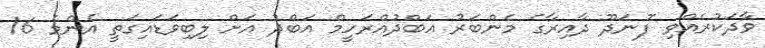
ވާދަކުރެއްވި ފޮނަދޫ ދާއިރާގެ މެންބަރު އަބްދުއްރަހީމް އަބްދު އަށް ލިބިވަޑައިގަތީ އެންމެ 16